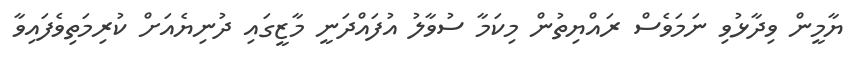
ޔާމީން ވިދާޅުވި ނަމަވެސް ރައްޔިތުން މިކަމާ ސުވާލު އުފައްދަނީ މާޒީގައި ދުނިޔެއަށް ކުރިމަތިވެފައިވާ